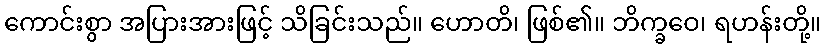
ကောင်းစွာ အပြားအားဖြင့် သိခြင်းသည်။ ဟောတိ၊ ဖြစ်၏။ ဘိက္ခဝေ၊ ရဟန်းတို့။